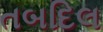
તબદિલ